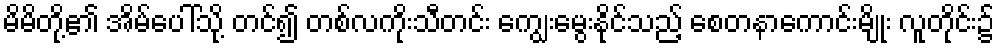
မိမိတို့၏ အိမ်ပေါ်သို့ တင်၍ တစ်လကိုးသီတင်း ကျွေးမွေးနိုင်သည့် စေတနာကောင်းမျိုး လူတိုင်း၌